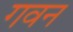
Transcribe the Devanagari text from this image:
गवन